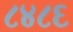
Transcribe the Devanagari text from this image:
८४८६